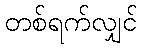
တစ်ရက်လျှင်